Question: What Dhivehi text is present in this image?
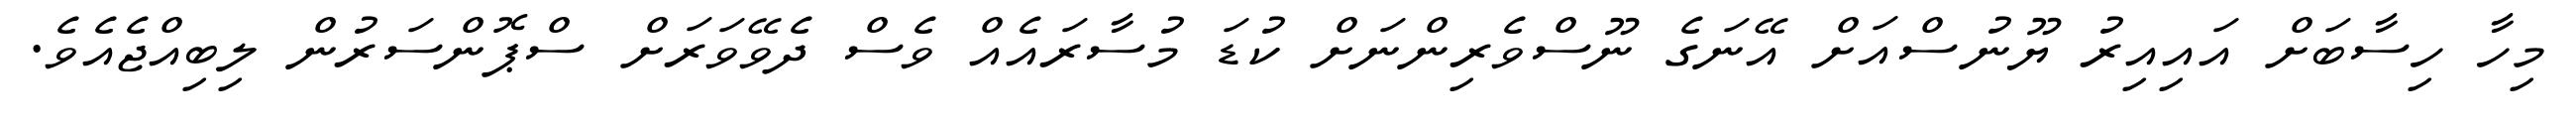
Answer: މިހާ ހިސާބަށް އައިއިރު ޔޫނުސްއަށް އޭނަގެ ނޫސްވެރިންނަށް ކުޑަ މުސާރައެއް ވެސް ދެވޭވަރަށް ސްޕޮންސަރުން ލިބިއްޖެއެވެ.